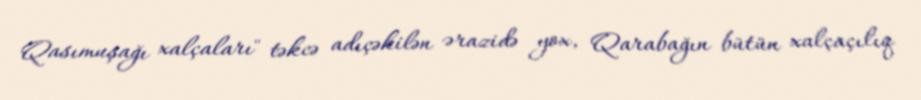
Qasımuşağı xalçaları" təkcə adıçəkilən ərazidə yox, Qarabağın bütün xalçaçılıq